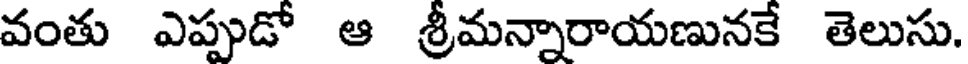
వంతు ఎప్పుడో ఆ శ్రీమన్నారాయణునకే తెలుసు.